Report of the Municipal Commissioner on the plague in Bombay for the year ending 31st May... - Volume 1
Disease focus: Plague
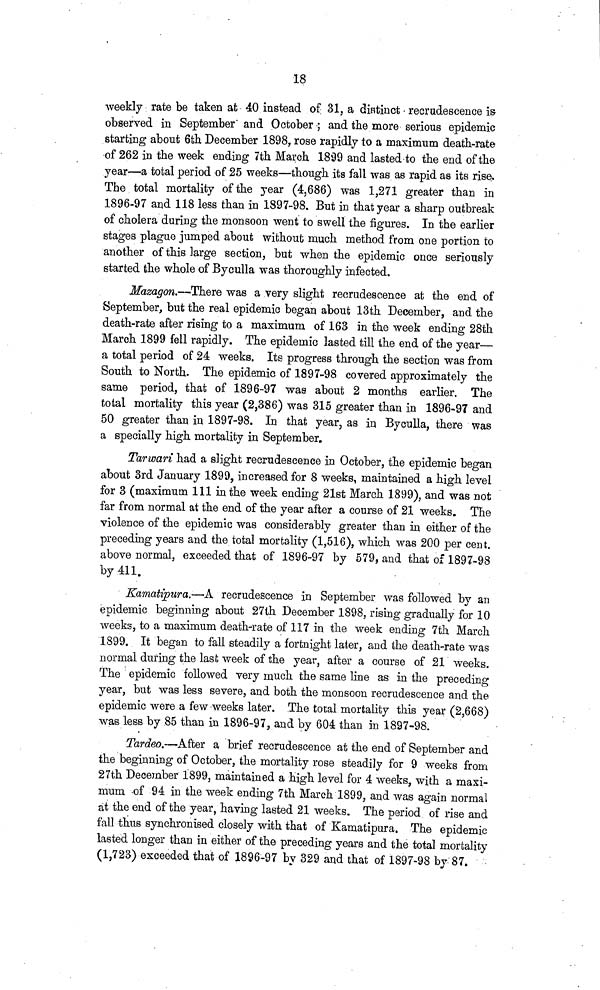
18
weekly rate be taken at 40 instead of 31, a distinct recrudescence is
observed in September and October ; and the more serious epidemic
starting about 6th December 1898, rose rapidly to a maximum death-rate
of 262 in the week ending 7th March 1899 and lasted to the end of the
year—a total period of 25 weeks—though its fall was as rapid as its rise.
The total mortality of the year (4,686) was 1,271 greater than in
1896-97 and 118 less than in 1897-98. But in that year a sharp outbreak
of cholera during the monsoon went to swell the figures. In the earlier
stages plague jumped about without much method from one portion to
another of this large section, but when the epidemic once seriously
started the whole of Byculla was thoroughly infected.
Mazagon.—There was a very slight recrudescence at the end of
September, but the real epidemic began about 13th December, and the
death-rate after rising to a maximum of 163 in the week ending 28th
March 1899 fell rapidly. The epidemic lasted till the end of the year—
a total period of 24 weeks. Its progress through the section was from
South to North. The epidemic of 1897-98 covered approximately the
same period, that of 1896-97 was about 2 months earlier. The
total mortality this year (2,386) was 315 greater than in 1896-97 and
50 greater than in 1897-98. In that year, as in Byculla, there was
a specially high mortality in September.
Tarwari had a slight recrudescence in October, the epidemic began
about 3rd January 1899, increased for 8 weeks, maintained a high level
for 3 (maximum 111 in the week ending 21st March 1899), and was not
far from normal at the end of the year after a course of 21 weeks. The
violence of the epidemic was considerably greater than in either of the
preceding years and the total mortality (1,516), which was 200 per cent,
above normal, exceeded that of 1896-97 by 579, and that of 1897-98
by 411.
Kamatipura.—A recrudescence in September was followed by an
epidemic beginning about 27th December 1898, rising gradually for 10
weeks, to a maximum death-rate of 117 in the week ending 7th March
1899. It began to fall steadily a fortnight later, and the death-rate was
normal during the last week of the year, after a course of 21 weeks.
The epidemic followed very much the same line as in the preceding
year, but was less severe, and both the monsoon recrudescence and the
epidemic were a few weeks later. The total mortality this year (2,668)
was less by 85 than in 1896-97, and by 604 than in 1897-98.
Tardeo.—After a brief recrudescence at the end of September and
the beginning of October, the mortality rose steadily for 9 weeks from
27th December 1899, maintained a high level for 4 weeks, with a maxi-
mum of 94 in the week ending 7th March 1899, and was again normal
at the end of the year, having lasted 21 weeks. The period of rise and
fall thus synchronised closely with that of Kamatipura. The epidemic
lasted longer than in either of the preceding years and the total mortality
(1,723) exceeded that of 1896-97 by 329 and that of 1897-98 by 87.